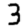
Digit: 3